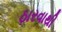
ઠારવાથી